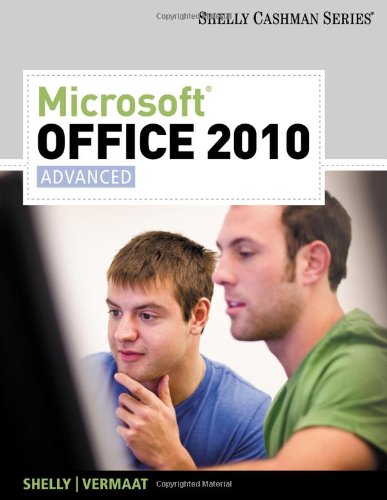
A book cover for Microsoft Office 2010: Advanced (SAM 2010 Compatible Products); Gary B. Shelly; Computers & Technology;